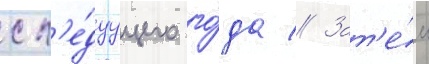
сл'е́дуущего го́да // Зат'е́м